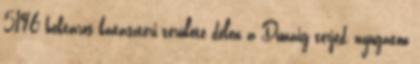
5196 hektáros kataszteri területe délen a Dunáig terjed, nyugaton